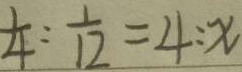
\frac { 1 } { 4 } : \frac { 1 } { 1 2 } = 4 : x